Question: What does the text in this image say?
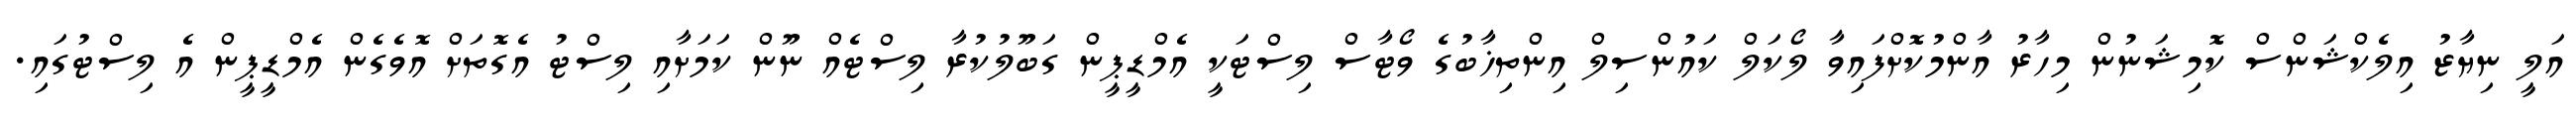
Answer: އަލީ ނިޔާޒު އިލެކްޝަންސް ކޮމިޝަނުން މިހާރު އާންމުކޮށްފައިވާ ލޯކަލް ކައުންސިލް އިންތިޚާބުގެ ވޯޓާސް ލިސްޓަކީ އެމްޑީޕީން ގަބޫލުކުރާ ލިސްޓެއް ނޫން ކަމަށާއި ލިސްޓު އެގޮތަށް އޮވެގެން އެމްޑީޕީން އެ ލިސްޓުގައި.